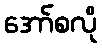
အော်စလို